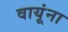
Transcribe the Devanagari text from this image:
वायूंना